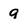
Character: 9